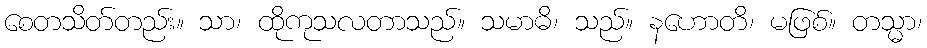
စေတသိတ်တည်း။ သာ၊ ထိုကုသလတာသည်။ သမာဓိ၊ သည်။ နဟောတိ၊ မဖြစ်။ တသ္မာ၊